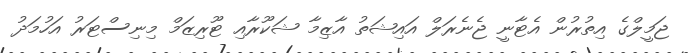
ޖަމީލްގެ އިތުރުން އެޓާނީ ޖެނެރަލް އައިޝަތު އާޒިމާ ޝަކޫރާއި ޓޫރިޒަމް މިނިސްޓަރު އަހުމަދު